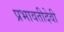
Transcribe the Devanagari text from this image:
प्रभावतीदेवी